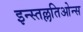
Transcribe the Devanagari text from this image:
इन्स्तल्लतिओन्स